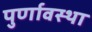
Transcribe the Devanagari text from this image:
पुर्णावस्था